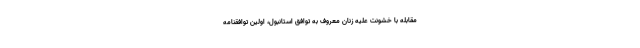
مقابله با خشونت علیه زنان معروف به توافق استانبول، اولین توافقنامه